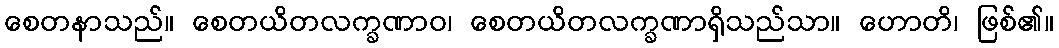
စေတနာသည်။ စေတယိတလက္ခဏာဝ၊ စေတယိတလက္ခဏာရှိသည်သာ။ ဟောတိ၊ ဖြစ်၏။